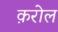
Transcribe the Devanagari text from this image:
क़रोल